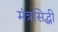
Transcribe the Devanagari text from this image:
मंत्रसिद्धी